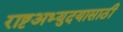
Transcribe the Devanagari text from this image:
राष्टअभ्युदयासाठी